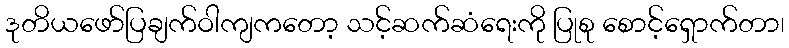
ဒုတိယဖော်ပြချက်ဝါကျကတော့ သင့်ဆက်ဆံရေးကို ပြုစု စောင့်ရှောက်တာ၊